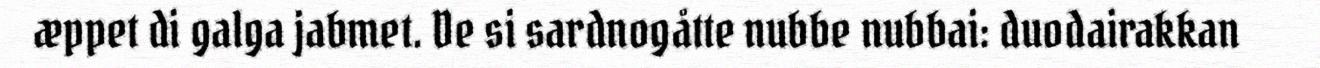
æppet di galga jabmet. De si sardnogåtte nubbe nubbai: duodairakkan